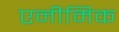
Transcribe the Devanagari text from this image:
एनीमिक